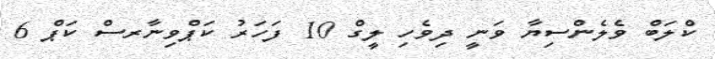
ކްލަބް ވެލެންސިޔާ ވަނީ ދިވެހި ލީގް 10 ފަހަރު ކަޕްވިނާރސް ކަޕް 6